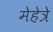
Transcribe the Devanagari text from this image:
मेहेत्रे